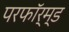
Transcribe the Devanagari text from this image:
परफॉर्म्ड